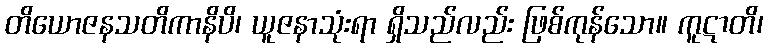
တိယောဇနသတိကာနိပိ၊ ယူဇနာသုံးရာ ရှိသည်လည်း ဖြစ်ကုန်သော။ ကူဋာတိ၊